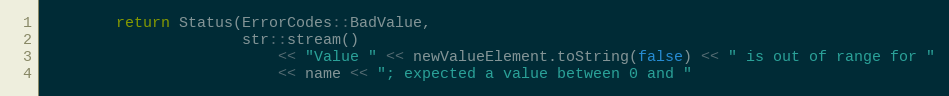
Language: C++
        return Status(ErrorCodes::BadValue,
                      str::stream()
                          << "Value " << newValueElement.toString(false) << " is out of range for "
                          << name << "; expected a value between 0 and "